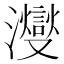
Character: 𪸂